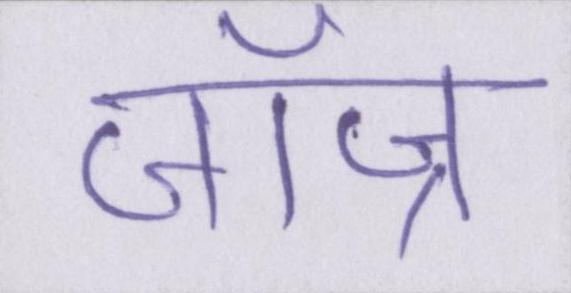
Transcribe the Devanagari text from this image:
जॉज्र